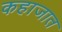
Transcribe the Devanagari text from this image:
कहाजात